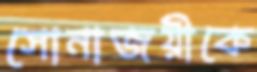
সোনাজয়ীকে